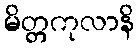
မိတ္တကုလာနိ